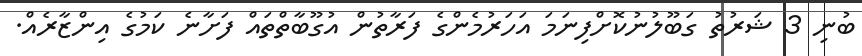
ބުނި 3 ޝަރުތު ގަބޫލުނުކޮށްފިނަމަ އަހަރުމެންގެ ފަރާތުން އުގޫބާތްތައް ފަށާނެ ކަމުގެ އިންޒާރެއް.